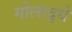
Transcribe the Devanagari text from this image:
गोलाद्र्धे